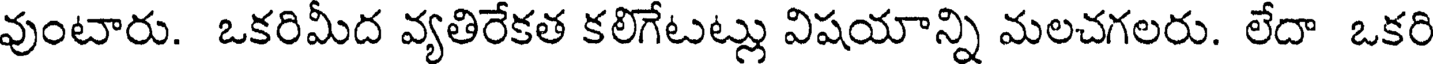
వుంటారు. ఒకరిమీద వ్యతిరేకత కలిగేటట్లు విషయాన్ని మలచగలరు. లేదా ఒకరి